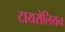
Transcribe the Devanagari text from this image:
टायरोलियन